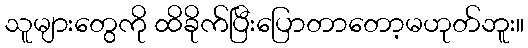
သူများတွေကို ထိခိုက်ပြီးပြောတာတော့မဟုတ်ဘူး။